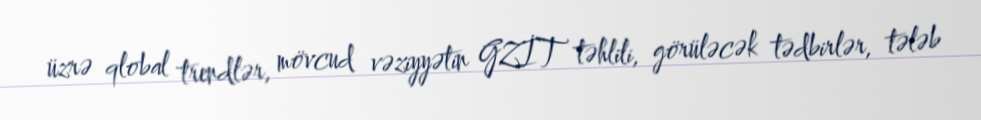
üzrə qlobal trendlər, mövcud vəziyyətin GZİT təhlili, görüləcək tədbirlər, tələb